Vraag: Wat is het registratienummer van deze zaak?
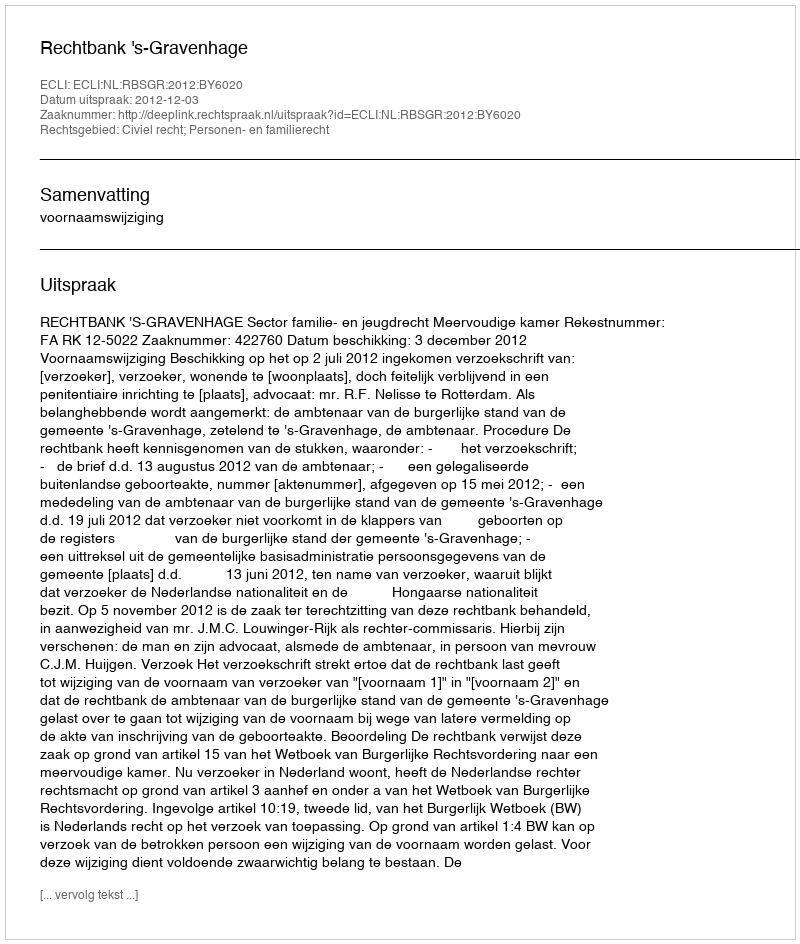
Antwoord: http://deeplink.rechtspraak.nl/uitspraak?id=ECLI:NL:RBSGR:2012:BY6020